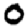
Digit: 0